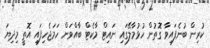
ކުރިން ބުނެފައިވާ ގޮތުން ހުޅުމާލޭގައި ނައިޓް މާކެޓް ބާއްވަން ހަމަޖެހިފައި އޮތީ މިދިޔަ